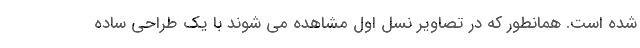
شده است. همانطور که در تصاویر نسل اول مشاهده می شوند با یک طراحی ساده